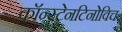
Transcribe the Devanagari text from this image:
कॉन्स्टेनटिनोविच